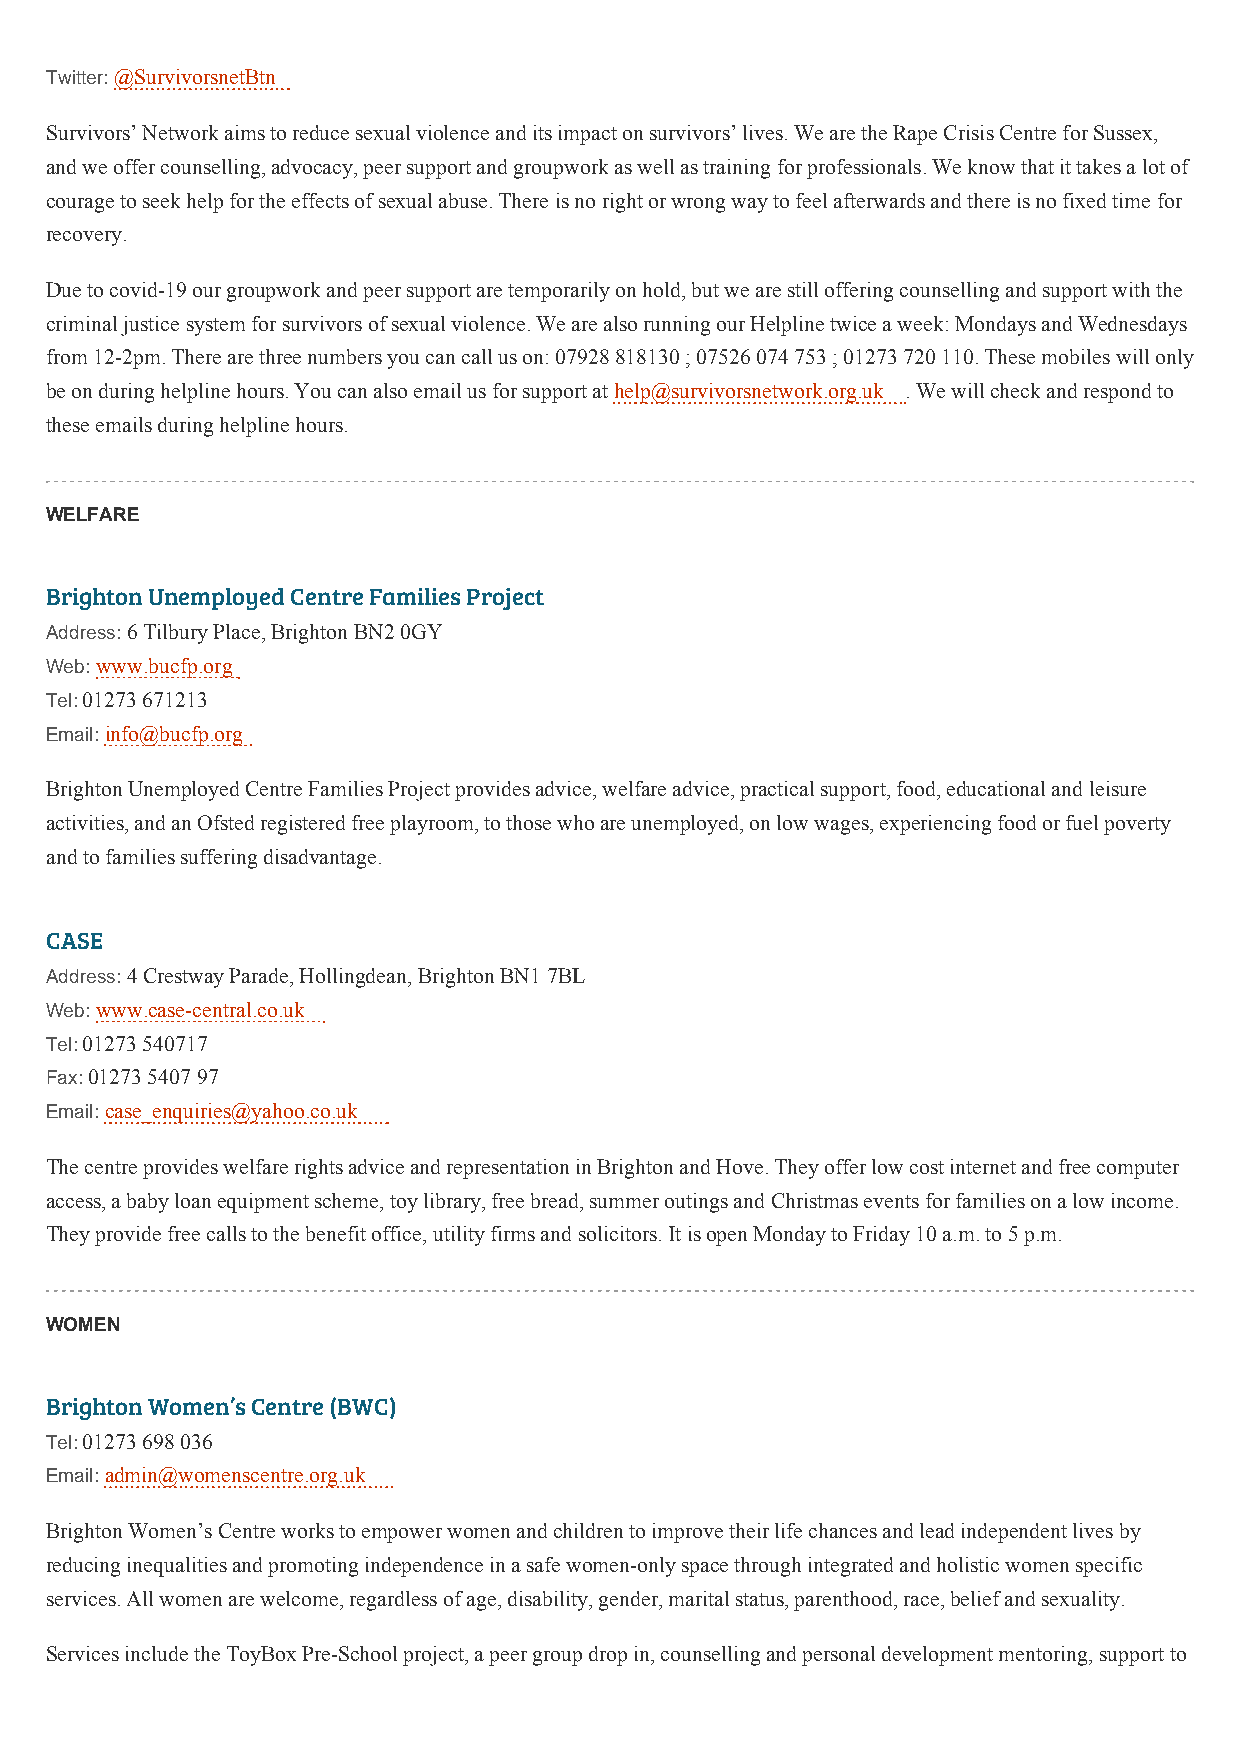
Twitter: @SurvivorsnetBtn
 Survivors’ Network aims to reduce sexual violence and its impact on survivors’ lives. We are the Rape Crisis Centre for Sussex,
 and we offer counselling, advocacy, peer support and groupwork as well as training for professionals. We know that it takes a lot of
 courage to seek help for the effects of sexual abuse. There is no right or wrong way to feel afterwards and there is no fixed time for
 recovery.
 Due to covid-19 our groupwork and peer support are temporarily on hold, but we are still offering counselling and support with the
 criminal justice system for survivors of sexual violence. We are also running our Helpline twice a week: Mondays and Wednesdays
 from 12-2pm. There are three numbers you can call us on: 07928 818130 ; 07526 074 753 ; 01273 720 110. These mobiles will only
 be on during helpline hours. You can also email us for support at help@survivorsnetwork.org.uk . We will check and respond to
 these emails during helpline hours.
 WELFARE
 Brighton Unemployed Centre Families Project
 Address: 6 Tilbury Place, Brighton BN2 0GY
 Web: www.bucfp.org
 Tel: 01273 671213
 Email: info@bucfp.org
 Brighton Unemployed Centre Families Project provides advice, welfare advice, practical support, food, educational and leisure
 activities, and an Ofsted registered free playroom, to those who are unemployed, on low wages, experiencing food or fuel poverty
 and to families suffering disadvantage.
 CASE
 Address: 4 Crestway Parade, Hollingdean, Brighton BN1 7BL
 Web: www.case-central.co.uk
 Tel: 01273 540717
 Fax: 01273 5407 97
 Email: case_enquiries@yahoo.co.uk
 The centre provides welfare rights advice and representation in Brighton and Hove. They offer low cost internet and free computer
 access, a baby loan equipment scheme, toy library, free bread, summer outings and Christmas events for families on a low income.
 They provide free calls to the benefit office, utility firms and solicitors. It is open Monday to Friday 10 a.m. to 5 p.m.
 WOMEN
 Brighton Women’s Centre (BWC)
 Tel: 01273 698 036
 Email: admin@womenscentre.org.uk
 Brighton Women’s Centre works to empower women and children to improve their life chances and lead independent lives by
 reducing inequalities and promoting independence in a safe women-only space through integrated and holistic women specific
 services. All women are welcome, regardless of age, disability, gender, marital status, parenthood, race, belief and sexuality.
 Services include the ToyBox Pre-School project, a peer group drop in, counselling and personal development mentoring, support to